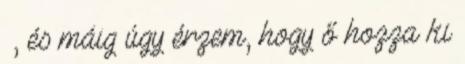
–, és máig úgy érzem, hogy ő hozza ki